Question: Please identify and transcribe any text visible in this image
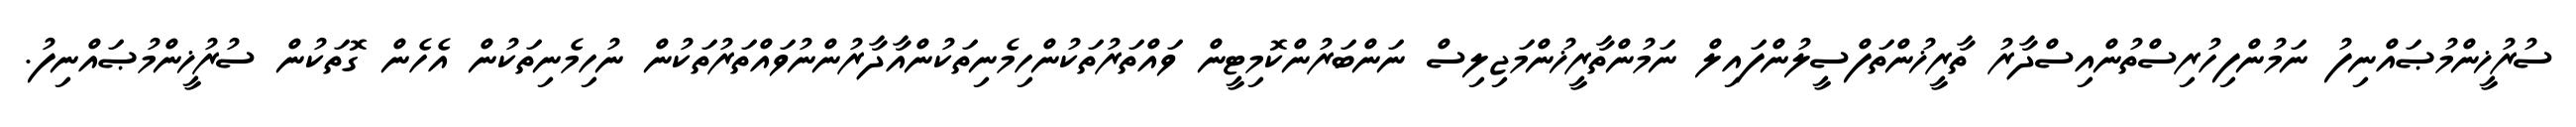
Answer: ސުރުޚީންމުޞައްނިފު ނަމުންފިހުރިސްތުންއިސްދާރު ތާރީޚުންތަފްސީލުންފައިލް ނަމުންތާރީޚުންމަޖިލިސް ނަންބަރުންކޮމިޓީން ވައްތަރުތަކުންހިމެނިތަކުންއާދާރުންނުވައްތަރުތަކުން ނުހިމެނިތަކުން އެހެން ގޮތަކުން ސުރުޚީންމުޞައްނިފު.